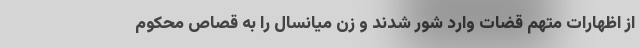
از اظهارات متهم قضات وارد شور شدند و زن میانسال را به قصاص محکوم